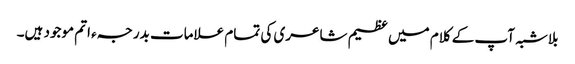
بلاشبہ آپ کے کلام میں عظیم شاعری کی تمام علامات بدرجہء اتم موجود ہیں۔